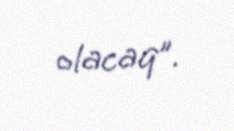
olacaq”.